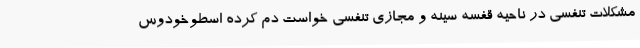
مشکلات تنفسی در ناحیه قفسه سینه و مجازی تنفسی خواست دم کرده اسطوخودوس